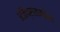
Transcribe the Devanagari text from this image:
अतिप्राराम्भिक